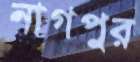
নাগপুর